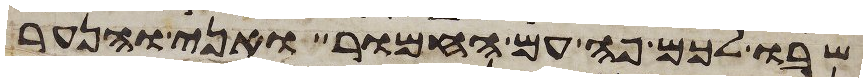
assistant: שבו לכם פה עם החמור ואני והנער